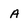
Character: A